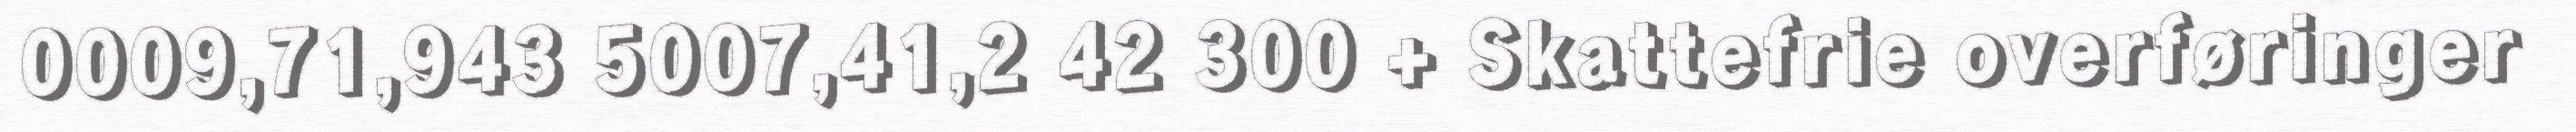
0009,71,943 5007,41,2 42 300 + Skattefrie overføringer